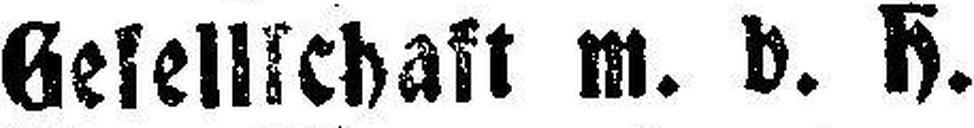
Gesellschaft m. v. H.